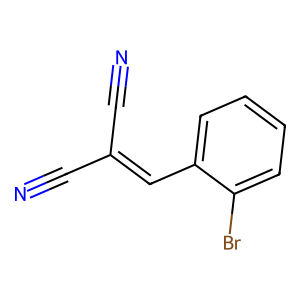
SMILES: N#CC(C#N)=Cc1ccccc1Br
Inhibits HIV replication: No